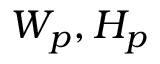
W _ { p } , H _ { p }